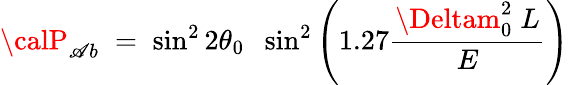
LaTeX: {\calP}_{\mathscr{A}b}\; =\; \sin^{2}2\theta_{0}\; \; \sin^{2}\left(1.27{\frac{{\Deltam_{0}^{2}\; L}}{{E}}}\right)